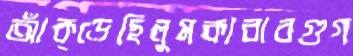
আঁক্‌ড়েছিলুমকাবাবগুগ